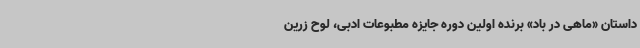
داستان «ماهی در باد» برنده اولین دوره جایزه مطبوعات ادبی، لوح زرین